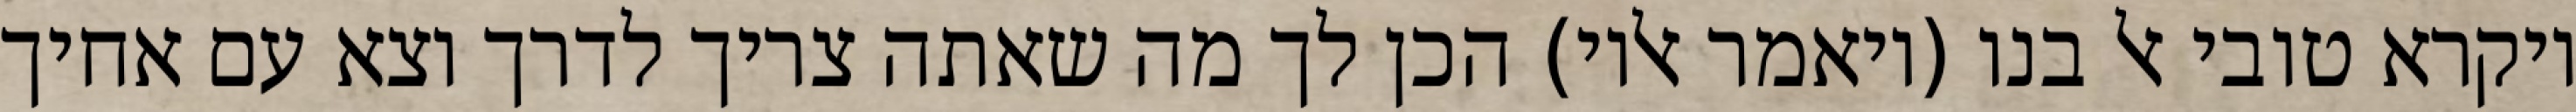
ויקרא טובי אל בנו (ויאמר אליו) הכן לך מה שאתה צריך לדרך וצא עם אחיך